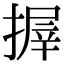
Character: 搱